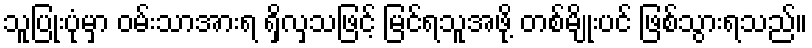
သူပြုံးပုံမှာ ဝမ်းသာအားရ ရှိလှသဖြင့် မြင်ရသူအဖို့ တစ်မျိုးပင် ဖြစ်သွားရသည်။